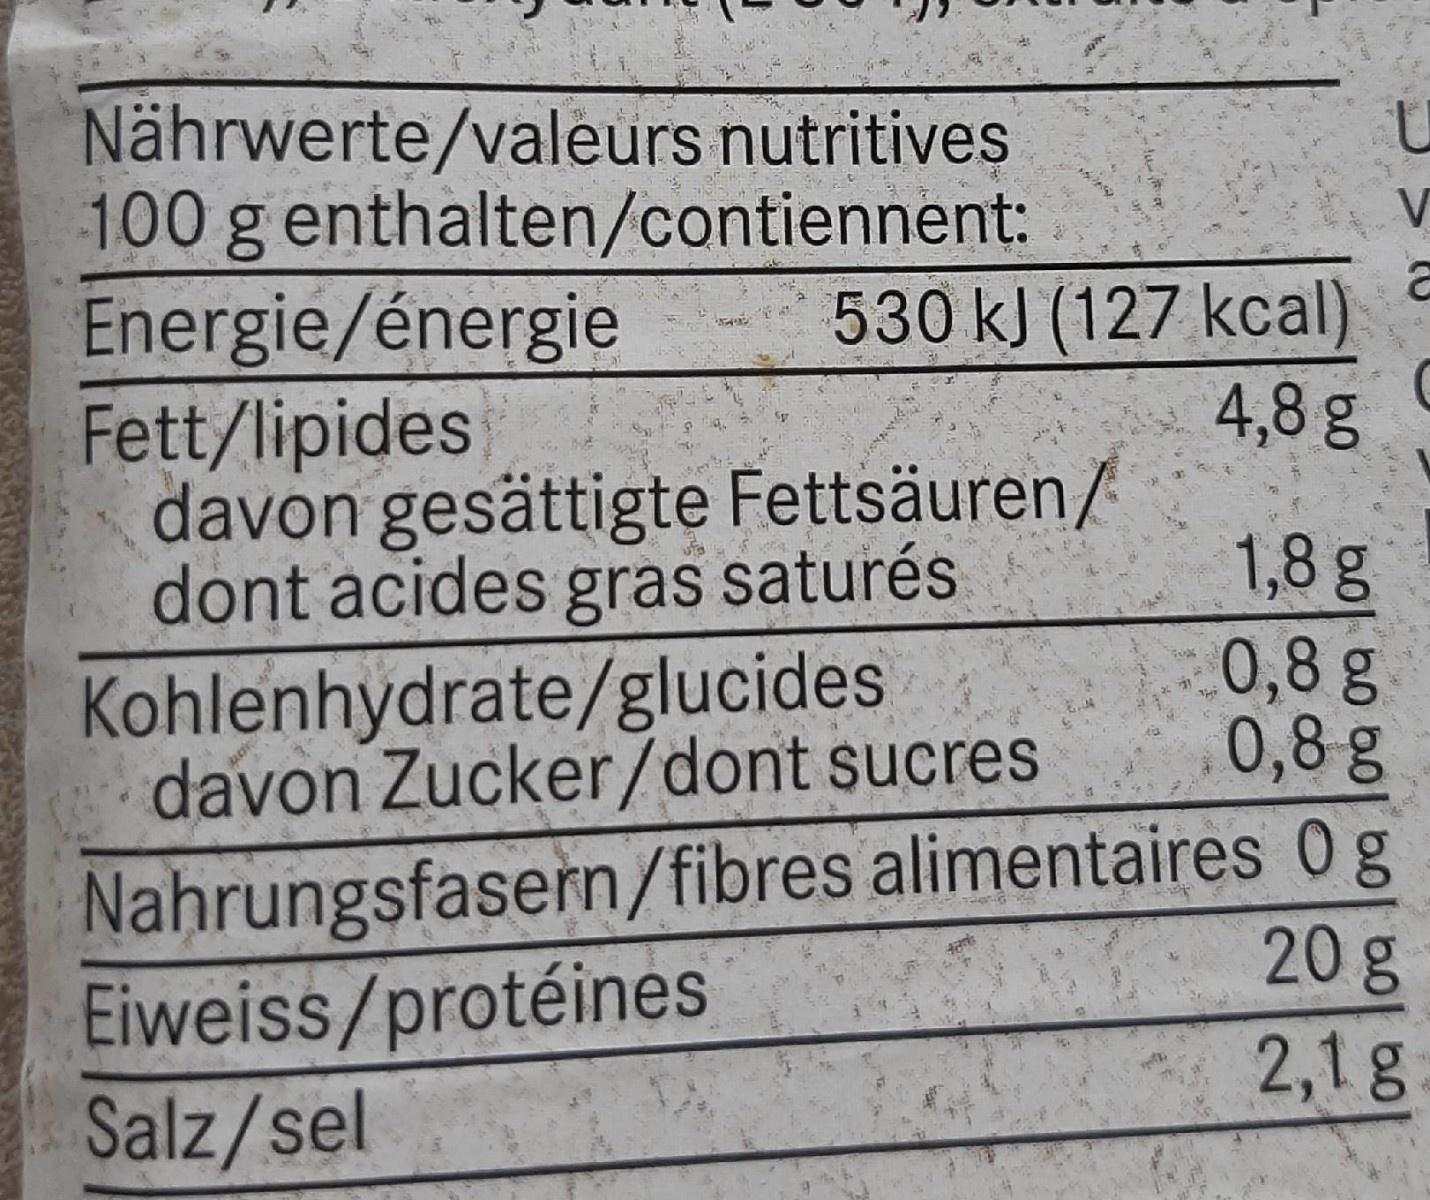
Nährwerte/valeurs nutritives 100 g enthalten/contiennent: Energie/énergie Fett/lipides davon gesättigte Fettsäuren/ dont acides gras saturés
V
530 kJ (127 kcal) 4,8 g
Kohlenhydrate/glucides davon Zucker/dont sucres
1,8 g 0,8 g 0,8g
Nahrungsfasern/fibres alimentaires 0 g Eiweiss/protéines Salz/sel
20g
2,1 g